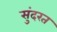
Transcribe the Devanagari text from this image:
सुंदरत